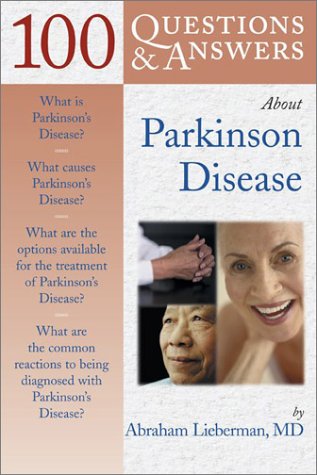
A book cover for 100 Questions & Answers About Parkinson Disease; Abraham Lieberman; Health, Fitness & Dieting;